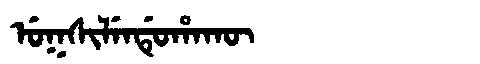
Manchu: ᡠᡴᠰᡳᠯᡝᠨᡩᡠᡥᠠᡴᡡ
Romanization: UKSILENDUHAKŪ